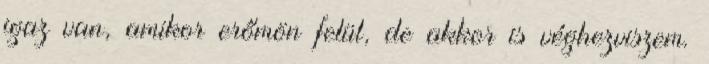
igaz van, amikor erőmön felül, de akkor is véghezviszem.